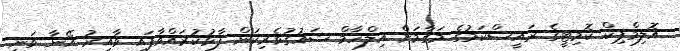
އޮލިމްޕިކް ކޮމިޓީގެ ރައީސްކަމުގެ މަގާމަށް އިލްހާމް ޝައުގުވެރިކަން ފާޅުކުރައްވާފައި ވާއިރު އޭނާ ވަނީ